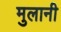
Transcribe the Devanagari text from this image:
मुलानी